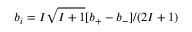
b _ { i } = { I \sqrt { I + 1 } [ b _ { + } - b _ { - } ] } / { ( 2 I + 1 ) }